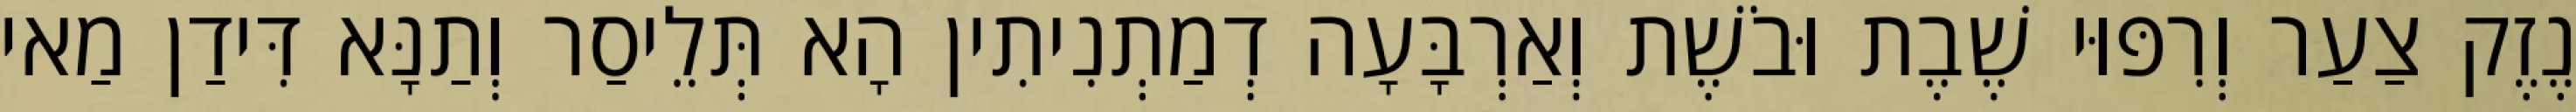
נֶזֶק צַעַר וְרִפּוּי שֶׁבֶת וּבֹשֶׁת וְאַרְבָּעָה דְמַתְנִיתִין הָא תְּלֵיסַר וְתַנָּא דִּידַן מַאי